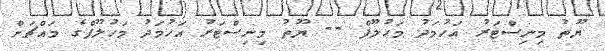
ޔޫތު މިނިސްޓަރު އަހުމަދު މަހުލޫފް -- ޔޫތު މިނިސްޓަރު އަހުމަދު މަހުލޫފްގެ މައްޗަށް